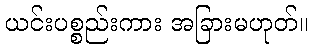
ယင်းပစ္စည်းကား အခြားမဟုတ်။